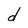
Character: d